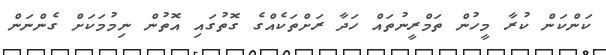
ކަންކަން ކުރާ މީހުން ތަމްރީނުތައް ހަދާ ރަށްތަކެއްގެ ގޮތުގަައި އޮތުން ނިމުމަކަށް ގެންނަން